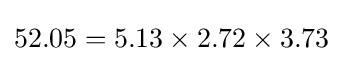
52.05=5.13\times 2.72\times 3.73